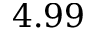
4 . 9 9